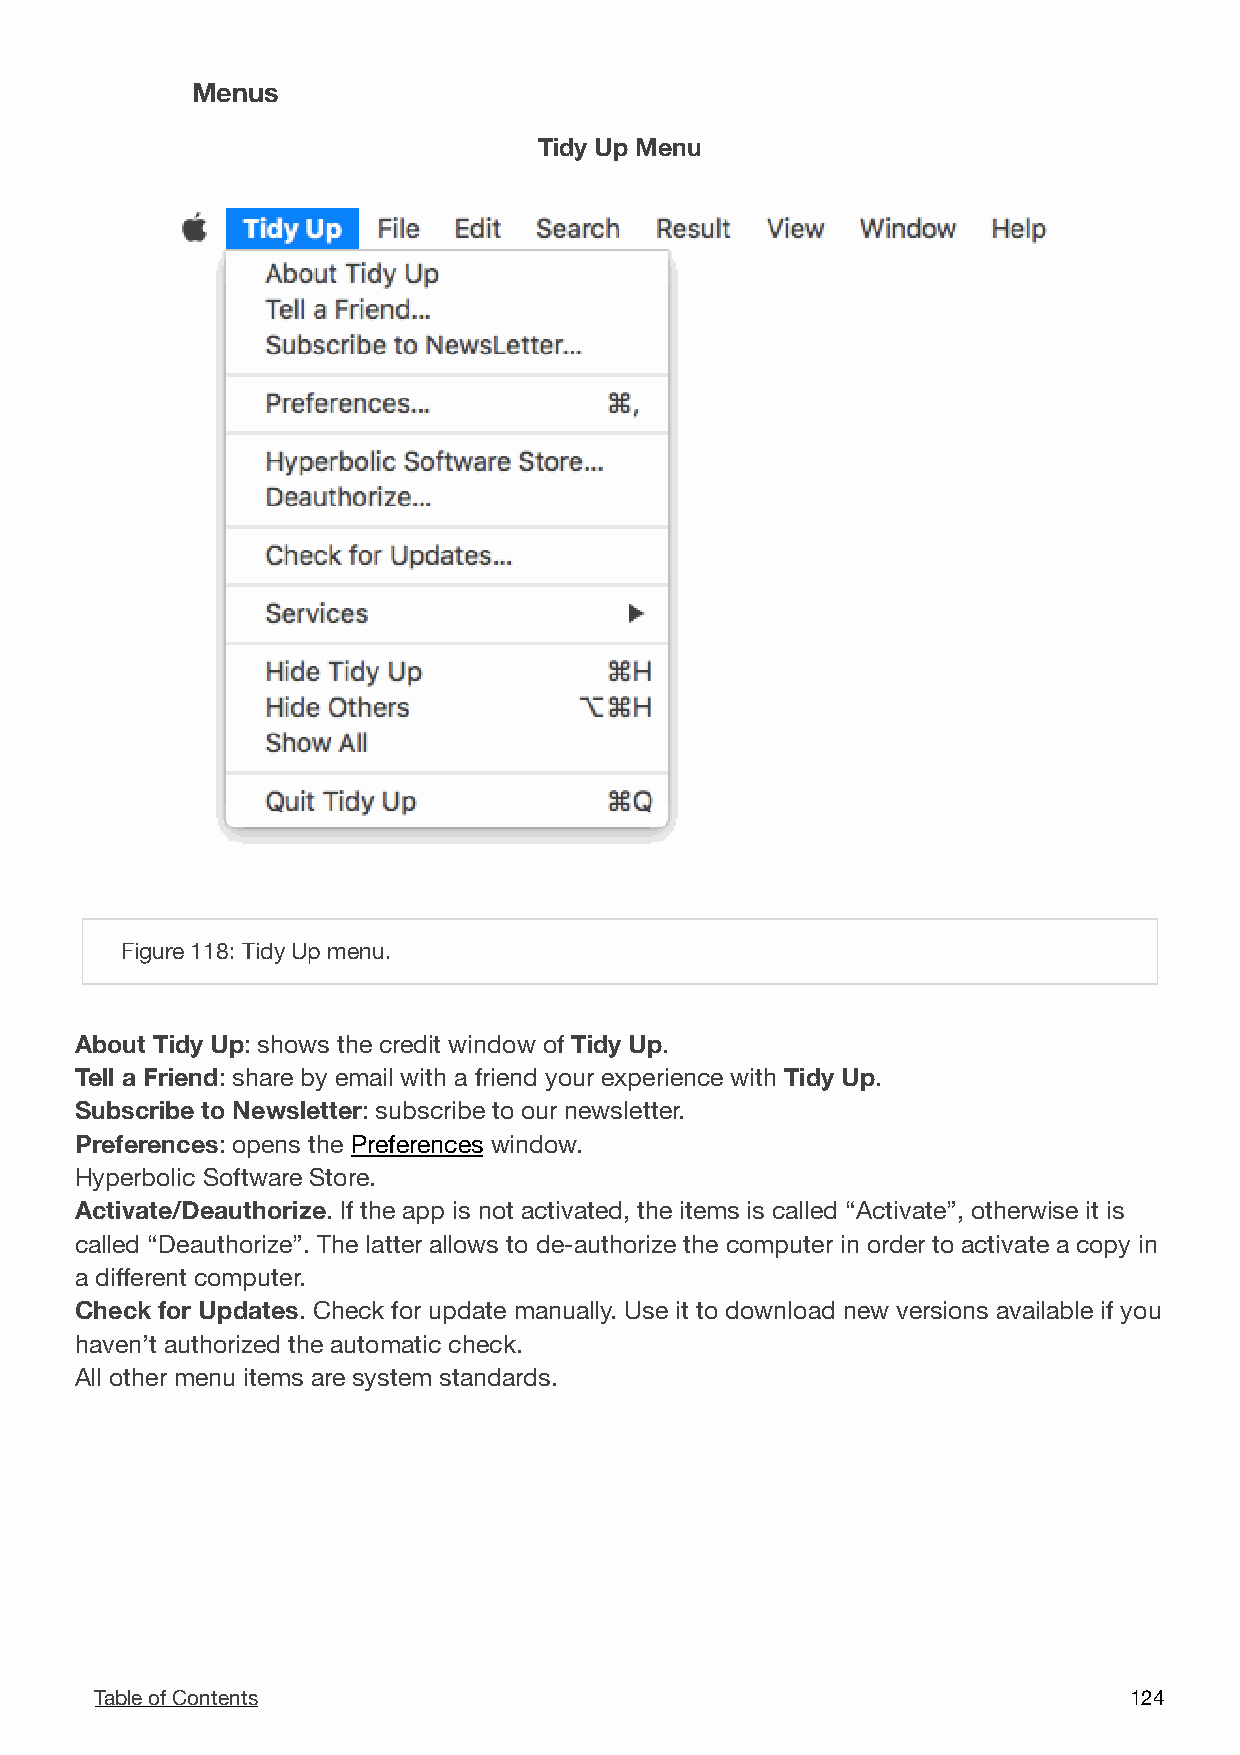
Menus
 Tidy Up Menu
 !
 Figure 118: Tidy Up menu.
 About Tidy Up: shows the credit window of Tidy Up.
 Tell a Friend: share by email with a friend your experience with Tidy Up.
 Subscribe to Newsletter: subscribe to our newsletter.
 Preferences: opens the Preferences window.
 Hyperbolic Software Store.
 Activate/Deauthorize. If the app is not activated, the items is called “Activate”, otherwise it is
 called “Deauthorize”. The latter allows to de-authorize the computer in order to activate a copy in
 a different computer.
 Check for Updates. Check for update manually. Use it to download new versions available if you
 haven’t authorized the automatic check.
 All other menu items are system standards.
 Table of Contents                                                    1 24